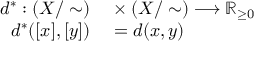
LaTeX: \begin{array} { r l } { d ^ { * } : ( X / \sim ) } & { { } \times ( X / \sim ) \longrightarrow \mathbb { R } _ { \geq 0 } } \\ { d ^ { * } ( [ x ] , [ y ] ) } & { { } = d ( x , y ) } \end{array}